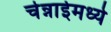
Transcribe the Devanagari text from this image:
चेन्नाईमध्ये